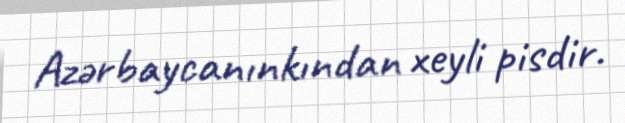
Azərbaycanınkından xeyli pisdir.